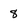
Character: 8